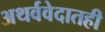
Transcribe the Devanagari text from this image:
अथर्ववेदातही